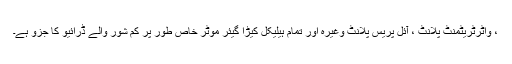
، واٹرٹریٹمنٹ پلانٹ ، آئل پریس پلانٹ وغیرہ اور تمام ہیلیکل کیڑا گیئر موٹر خاص طور پر کم شور والے ڈرائیو کا جزو ہے۔